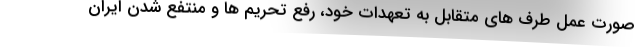
صورت عمل طرف های متقابل به تعهدات خود، رفع تحریم ها و منتفع شدن ایران